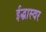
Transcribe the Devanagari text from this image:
ईद्भास्वर